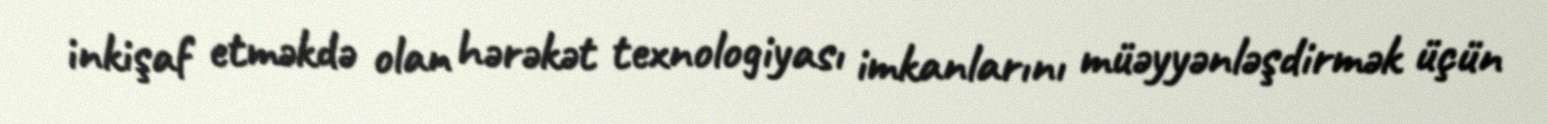
inkişaf etməkdə olan hərəkət texnologiyası imkanlarını müəyyənləşdirmək üçün